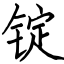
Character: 锭